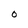
Character: O